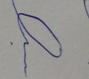
Signature authenticity: forged